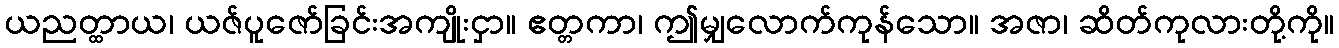
ယညတ္ထာယ၊ ယဇ်ပူဇော်ခြင်းအကျိုးငှာ။ ဧတ္တကာ၊ ဤမျှလောက်ကုန်သော။ အဇာ၊ ဆိတ်ကုလားတို့ကို။